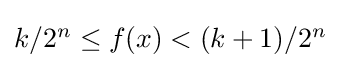
{\textstyle k/2^{n}\leq f(x)<(k+1)/2^{n}}